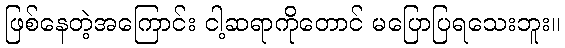
ဖြစ်နေတဲ့အကြောင်း ငါ့ဆရာကိုတောင် မပြောပြရသေးဘူး။